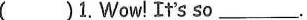
( )1.Wow! It's so ___.